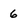
Character: 6